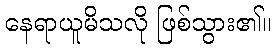
နေရာယူမိသလို ဖြစ်သွား၏။